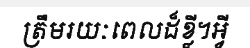
ត្រឹមរយៈពេលដ៏ខ្លី។អ្វី